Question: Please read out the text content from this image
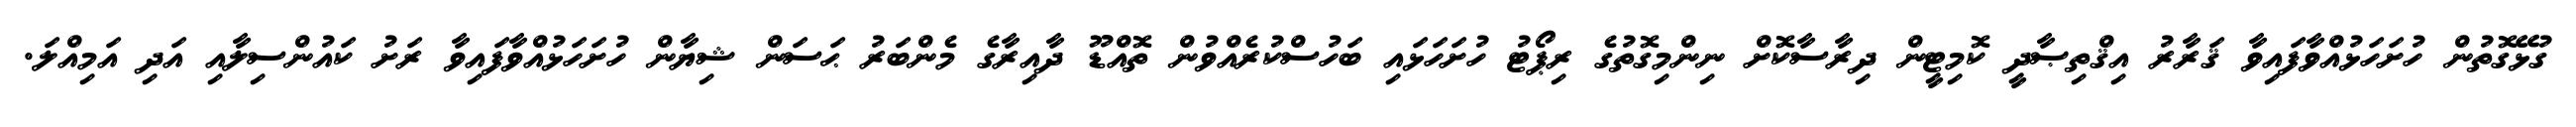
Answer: ގުޅޭގޮތުން ހުށަހަޅުއްވާފައިވާ ޤަރާރު އިޤްތިޞާދީ ކޮމިޓީން ދިރާސާކޮށް ނިންމިގޮތުގެ ރިޕޯޓު ހުށަހަޅައި ބަހުސްކުރެއްވުން ތޮއްޑޫ ދާއިރާގެ މެންބަރު ޙަސަން ޝިޔާން ހުށަހަޅުއްވާފައިވާ ރަށު ކައުންސިލާއި އަދި އަމިއްލަ.